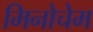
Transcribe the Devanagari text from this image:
मिनोचेम